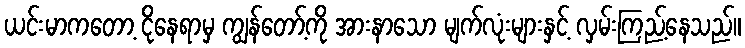
ယင်းမာကတော့ ငိုနေရာမှ ကျွန်တော့်ကို အားနာသော မျက်လုံးများနှင့် လှမ်းကြည့်နေသည်။